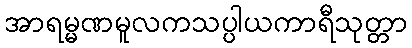
အာရမ္မဏမူလကသပ္ပါယကာရီသုတ္တာ